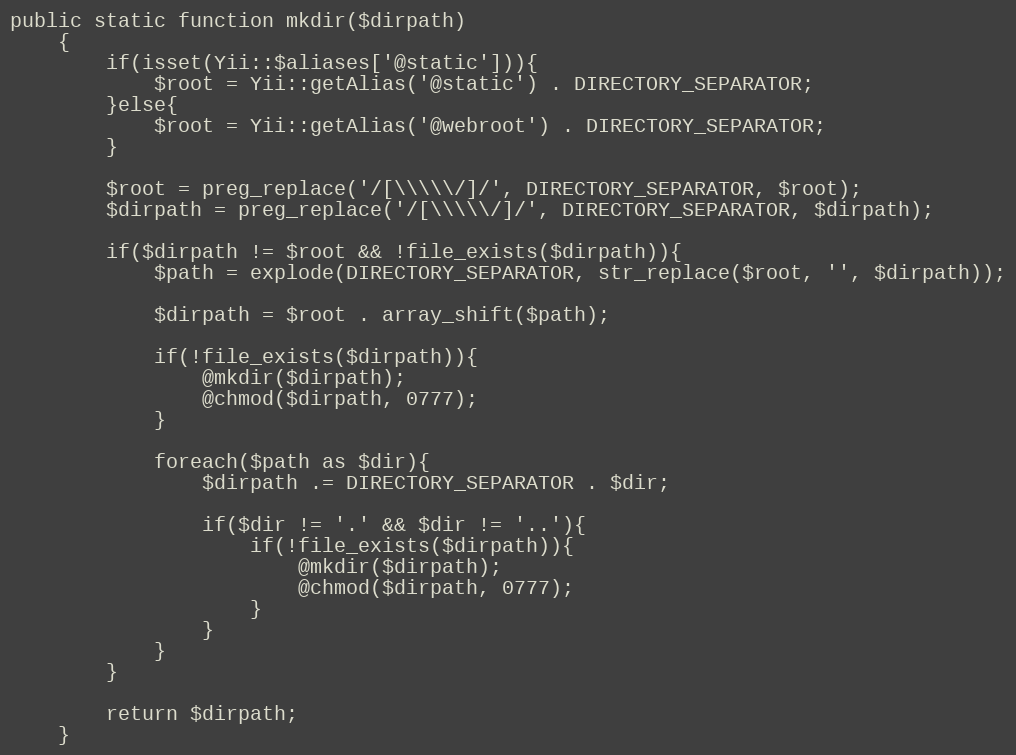
Language: PHP
public static function mkdir($dirpath)
    {
        if(isset(Yii::$aliases['@static'])){
            $root = Yii::getAlias('@static') . DIRECTORY_SEPARATOR;
        }else{
            $root = Yii::getAlias('@webroot') . DIRECTORY_SEPARATOR;
        }

        $root = preg_replace('/[\\\\\/]/', DIRECTORY_SEPARATOR, $root);
        $dirpath = preg_replace('/[\\\\\/]/', DIRECTORY_SEPARATOR, $dirpath);

        if($dirpath != $root && !file_exists($dirpath)){
            $path = explode(DIRECTORY_SEPARATOR, str_replace($root, '', $dirpath));

            $dirpath = $root . array_shift($path);

            if(!file_exists($dirpath)){
                @mkdir($dirpath);
                @chmod($dirpath, 0777);
            }

            foreach($path as $dir){
                $dirpath .= DIRECTORY_SEPARATOR . $dir;

                if($dir != '.' && $dir != '..'){
                    if(!file_exists($dirpath)){
                        @mkdir($dirpath);
                        @chmod($dirpath, 0777);
                    }
                }
            }
        }

        return $dirpath;
    }